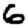
Digit: 6